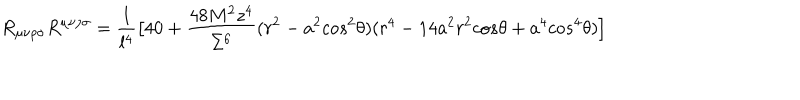
R _ { \mu \nu \rho \sigma } R ^ { \mu \nu \rho \sigma } = \frac { 1 } { l ^ { 4 } } \big [ 4 0 + \frac { 4 8 M ^ { 2 } z ^ { 4 } } { \Sigma ^ { 6 } } ( r ^ { 2 } - a ^ { 2 } c o s ^ { 2 } { \theta } ) ( r ^ { 4 } - 1 4 a ^ { 2 } r ^ { 2 } c o s { \theta } + a ^ { 4 } c o s ^ { 4 } { \theta } ) \big ]